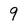
Character: 9